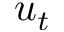
u _ { t }